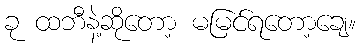
ခု ထဘီနဲ့ဆိုတော့ မမြင်ရတော့ချေ။